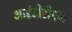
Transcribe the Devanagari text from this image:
आईडीडीएम